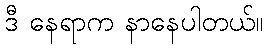
ဒီ နေရာက နာနေပါတယ်။